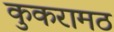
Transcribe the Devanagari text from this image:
कुकरामठ